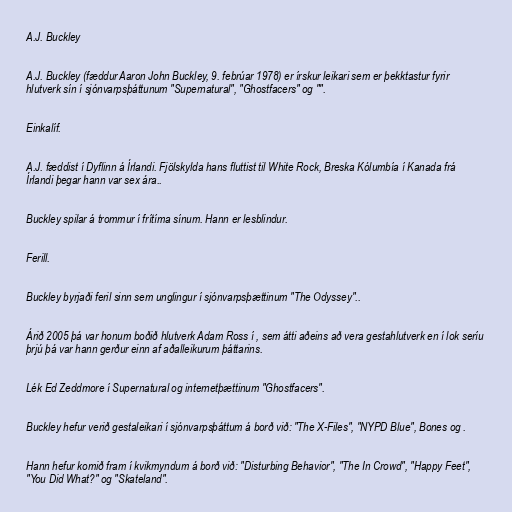
A.J. Buckley

A.J. Buckley (fæddur Aaron John Buckley, 9. febrúar 1978) er írskur leikari sem er þekktastur fyrir
hlutverk sín í sjónvarpsþáttunum "Supernatural", "Ghostfacers" og "".

Einkalíf.

A.J. fæddist í Dyflinn á Írlandi. Fjölskylda hans fluttist til White Rock, Breska Kólumbía í Kanada frá
Írlandi þegar hann var sex ára..

Buckley spilar á trommur í frítíma sínum. Hann er lesblindur.

Ferill.

Buckley byrjaði feril sinn sem unglingur í sjónvarpsþættinum "The Odyssey"..

Árið 2005 þá var honum boðið hlutverk Adam Ross í , sem átti aðeins að vera gestahlutverk en í lok seríu
þrjú þá var hann gerður einn af aðalleikurum þáttarins.

Lék Ed Zeddmore í Supernatural og internetþættinum "Ghostfacers".

Buckley hefur verið gestaleikari í sjónvarpsþáttum á borð við: "The X-Files", "NYPD Blue", Bones og .

Hann hefur komið fram í kvikmyndum á borð við: "Disturbing Behavior", "The In Crowd", "Happy Feet",
"You Did What?" og "Skateland".